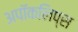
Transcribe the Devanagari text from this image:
अपॉकलिप्स